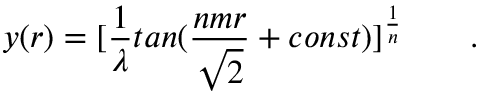
y ( r ) = [ { \frac { 1 } { \lambda } } t a n ( { \frac { n m r } { \sqrt 2 } } + c o n s t ) ] ^ { \frac { 1 } { n } } \qquad .